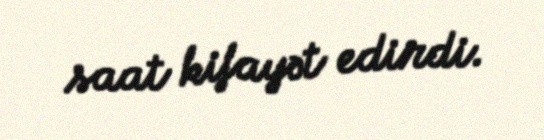
saat kifayət edirdi.